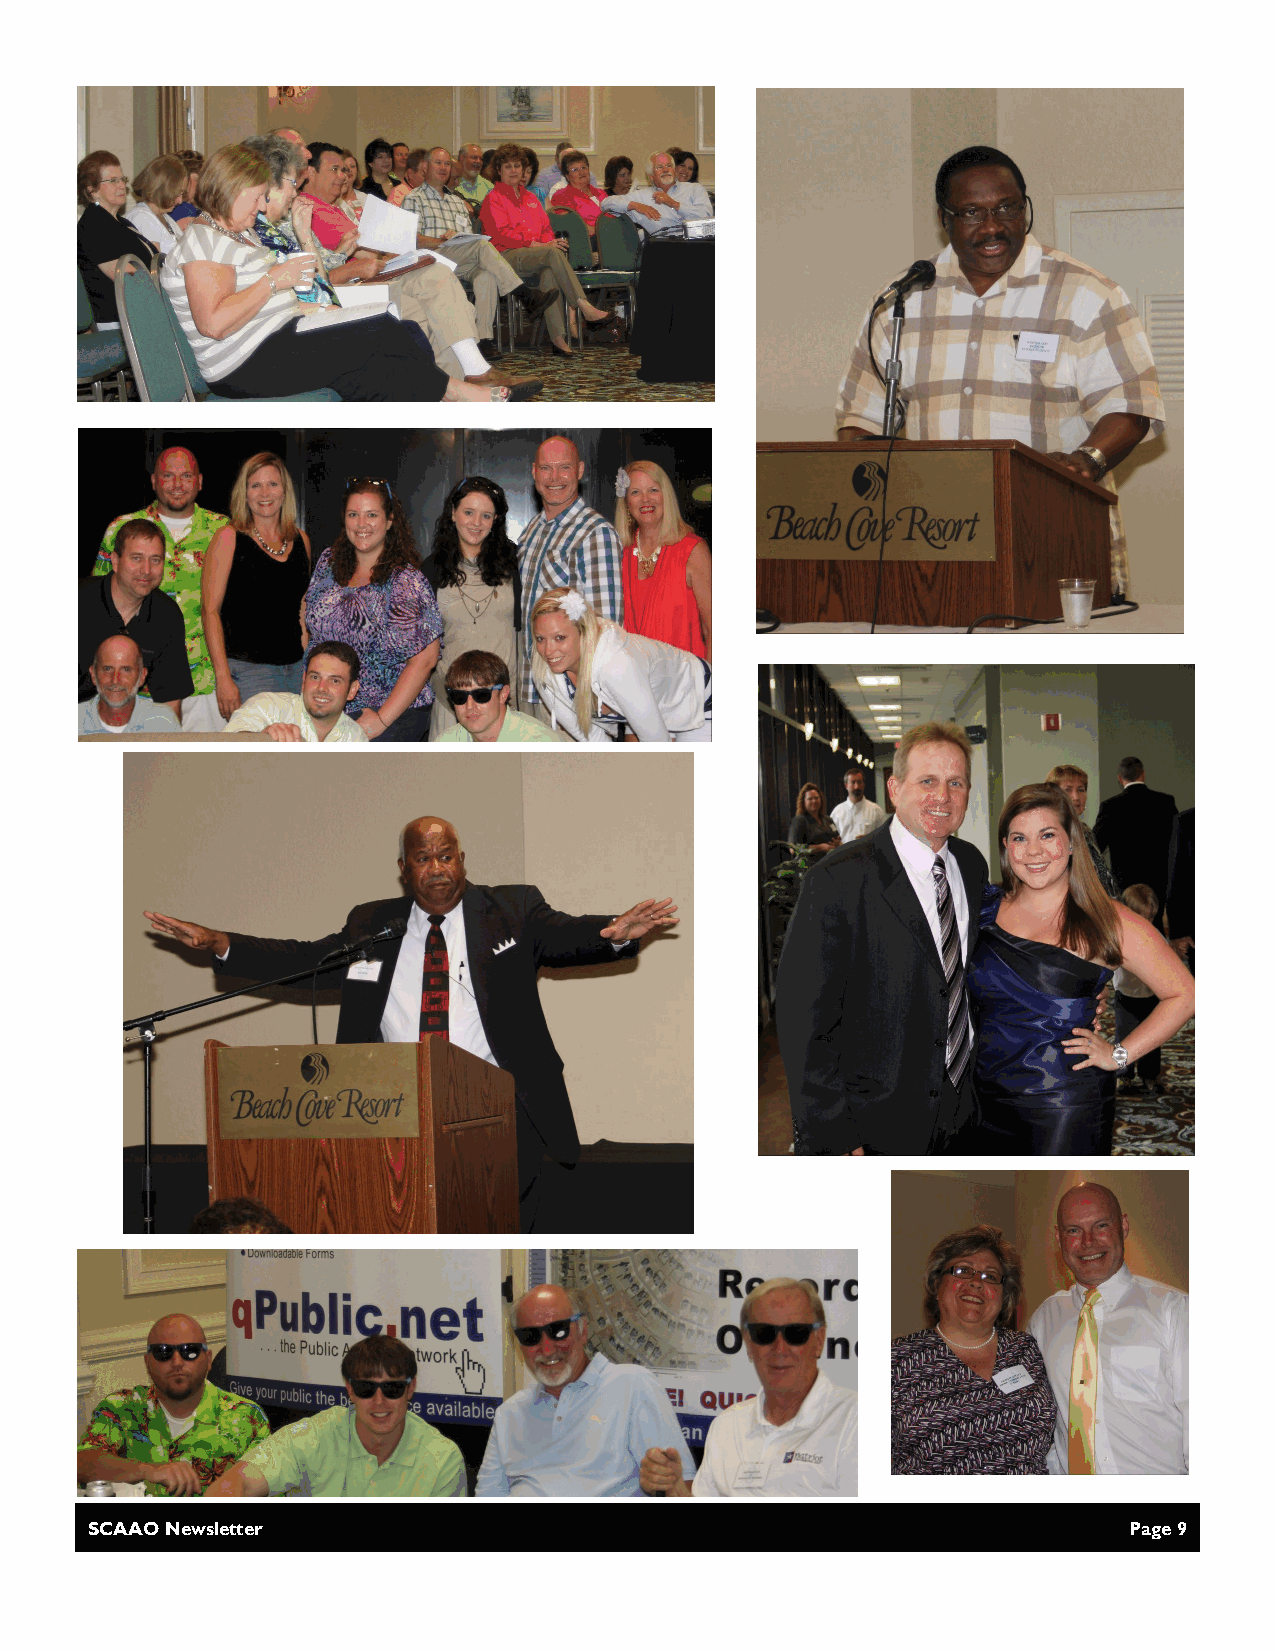
SCAAO Newsletter                                                     Page 9